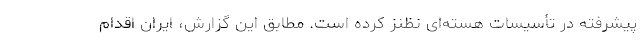
پیشرفته در تأسیسات هسته‌ای نظنز کرده است. مطابق این گزارش، ایران اقدام